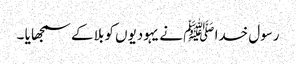
رسول خدا ﷺ نے یہودیوں کو بلا کے سمجھا یا ۔